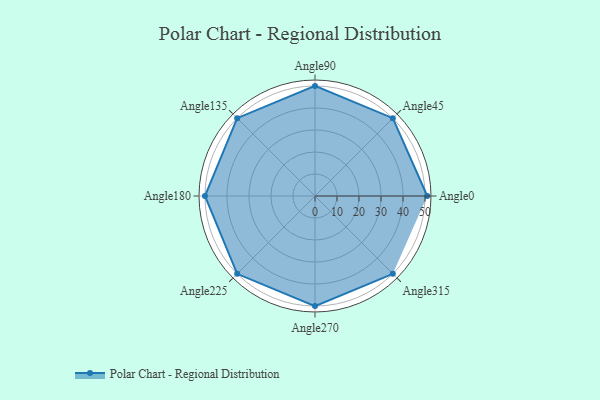
{"axis": {"x": "Angle", "y": "Radius"}, "legend": [""], "data": [{"x": "Angle0", "y": 51.0, "type": ""}, {"x": "Angle45", "y": 50, "type": ""}, {"x": "Angle90", "y": 50.0, "type": ""}, {"x": "Angle135", "y": 50, "type": ""}, {"x": "Angle180", "y": 50, "type": ""}, {"x": "Angle225", "y": 50, "type": ""}, {"x": "Angle270", "y": 50, "type": ""}, {"x": "Angle315", "y": 50, "type": ""}]}